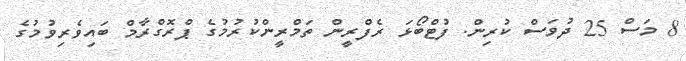
8 މަސް 25 ދުވަސް ކުރިން. ފުޓްބޯޅަ ރެފްރީން ތަމްރީންކުރުމުގެ ޕްރޮގްރާމް ބައިވެރިވުމުގެ